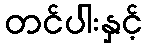
တင်ပါးနှင့်